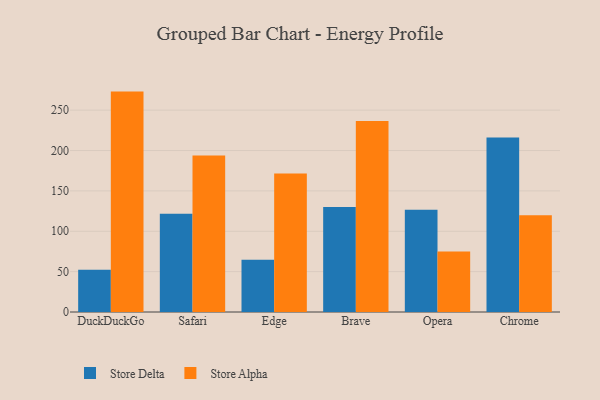
{"axis": {"x": "Browser", "y": "Temperature (°C)"}, "legend": ["Store Alpha", "Store Delta"], "data": [{"x": "DuckDuckGo", "y": 52.4, "type": "Store Delta"}, {"x": "DuckDuckGo", "y": 273.0, "type": "Store Alpha"}, {"x": "Safari", "y": 121.6, "type": "Store Delta"}, {"x": "Safari", "y": 193.7, "type": "Store Alpha"}, {"x": "Edge", "y": 64.6, "type": "Store Delta"}, {"x": "Edge", "y": 171.6, "type": "Store Alpha"}, {"x": "Brave", "y": 130.2, "type": "Store Delta"}, {"x": "Brave", "y": 236.6, "type": "Store Alpha"}, {"x": "Opera", "y": 126.5, "type": "Store Delta"}, {"x": "Opera", "y": 75.0, "type": "Store Alpha"}, {"x": "Chrome", "y": 216.0, "type": "Store Delta"}, {"x": "Chrome", "y": 119.9, "type": "Store Alpha"}]}